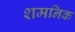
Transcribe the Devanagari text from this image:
शमनिक